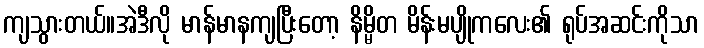
ကျသွားတယ်။အဲဒီလို မာန်မာနကျပြီးတော့ နိမ္မိတ မိန်းမပျိုကလေး၏ ရုပ်အဆင်းကိုသာ